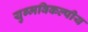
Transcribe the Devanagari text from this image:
युग्मविकल्पीय